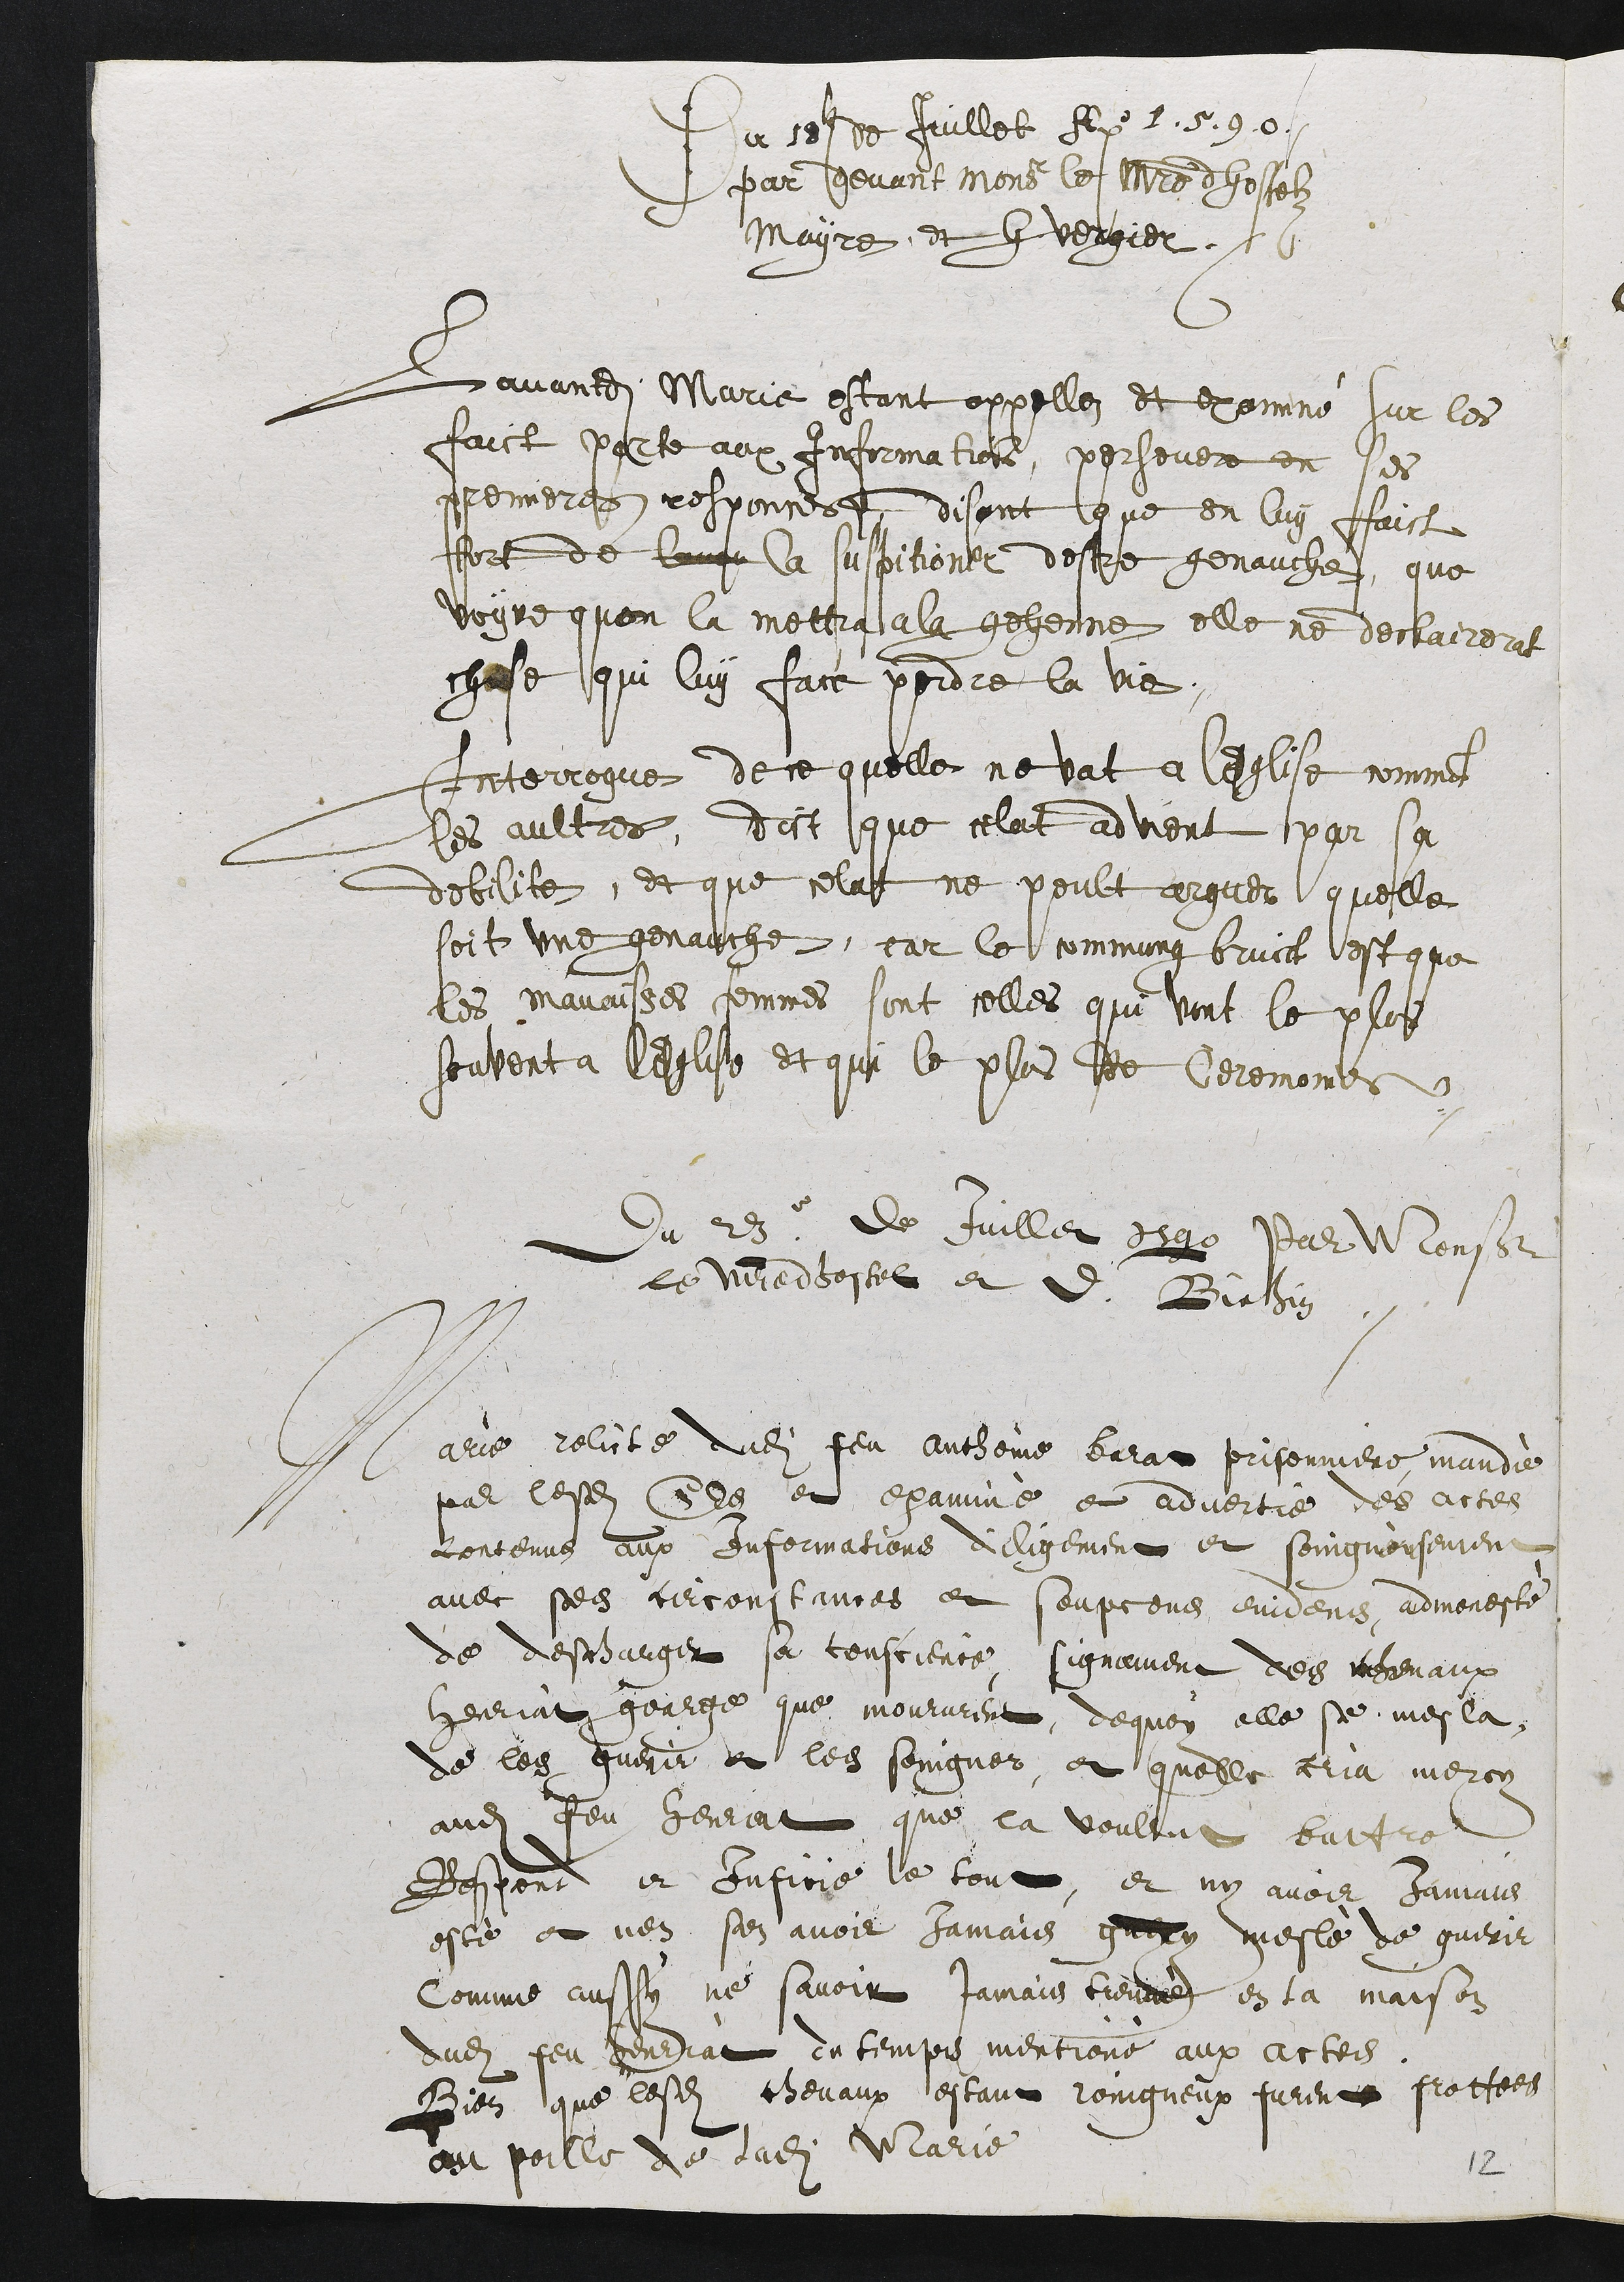
Du 1e de Juillet Alp 1.5.90.
par devant Monseurle maistre dhosselz
Mayre et h vergier.
Lavandi Marie estant appellez et exomné sur les
faict parte aux information, persevere en ses
premieres responcer disant que en luy faict
fort de lauge la suspitioner destre genauche, que
voyre quon la mettra a la gehenne elle ne declairerat
chase qui luy face perdre la vie.
Interrogue de ce quelle ne vat a lesglise comment
les aultres, dict que celat advient par sa
debilite, et que celait ne peult arguer quelle
soit une genauche, car le commung bruict est que
les mauaisses femmes sont celles qui vont le plos
souvent a legliste et qui le plus de Ceremoines.
du 23e De Juiller dig Var Mconsieur
le viledbostel et d. Bielhin
Marie relicté dudit feu antheine barat prisenniere mandéé
par lesdits Ses et examine et advertie des actes
contenus aux informations dicligement et soingnousement
avec ses circoustines et soupcens evidens, admonesté
de descharger sa tonscience signument des mesenaux
gerriat gearge que moururent, de quoy elle se mes la,
de les guerir et lest soingnez, et quelle cria mercy
audit feu Henrat que la voultut battre
Respond et Infirie le tout, et ny avoir jamais
esté et n'en sen avoir jamais guery mesle de guerir
Comme aussy ne savoir jamais tienre en ta maison
dudit feu henriat ca temps mentione aux actes
Bien que lesdits chevaux estant roingneux furent frottees
au poille de ladite Marie